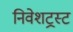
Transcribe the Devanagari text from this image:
निवेशट्रस्ट